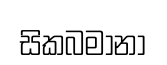
සිකබමානා